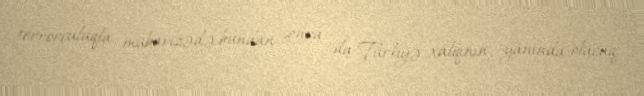
terrorçuluqla mübarizədə bundan sonra da Türkiyə xalqının yanında olacaq.